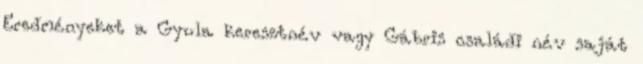
Eredményeket a Gyula keresztnév vagy Gábris családi név saját